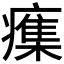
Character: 𭼫